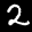
Label: 2